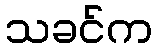
သခင်က